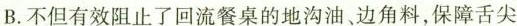
B.不但有效阻止了回流餐桌的地沟油，边角料，保障舌尖